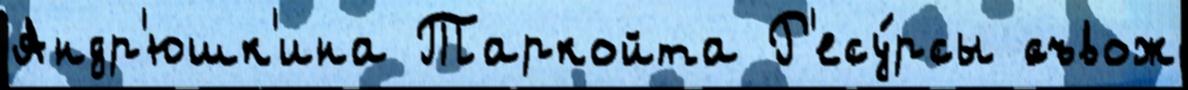
Андр'юшк'ина Таркойта Р'есу́рсы ́съвож